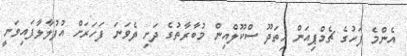
އެންމެ ފަހުގެ ޗެމްޕިއަން ހިތަދޫ ސްކޫލްއިން މުބާރާތުގެ ދަށި ދެވަނަ ފަހަރަށް އުފުލާލާފައިވަނީ